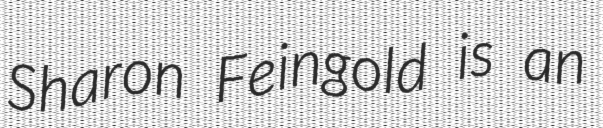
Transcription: Sharon Feingold is an